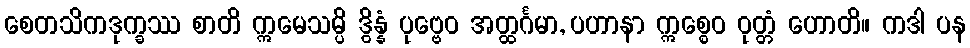
စေတသိကဒုက္ခဿ စာတိ ဣမေသမ္ပိ ဒွိန္နံ ပုဗ္ဗေဝ အတ္ထင်္ဂမာ, ပဟာနာ ဣစ္စေဝ ဝုတ္တံ ဟောတိ။ ကဒါ ပန